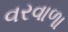
વરવાળા